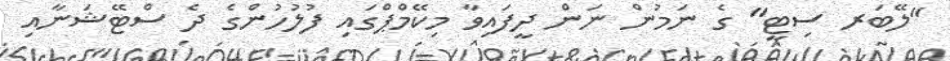
"ލޭބަރ ސިޓީ" ގެ ނަމުން ނަން ދީފައިވާ މިކޭމްޕްގައި ފުލުހުންގެ ދެ ސްޓޭޝަނާއި